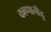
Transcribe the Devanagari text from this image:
काप्पानीडु